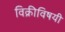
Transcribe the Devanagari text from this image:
विक्रीविषयी